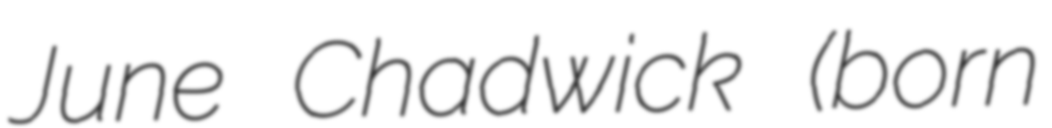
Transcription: June Chadwick (born